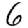
Digit: 6